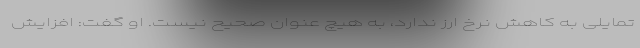
تمایلی به کاهش نرخ ارز ندارد، به هیچ عنوان صحیح نیست. او گفت: افزایش